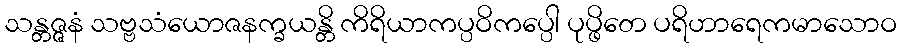
သန္တဇ္ဇနံ သဗ္ဗသံယောဇနက္ခယန္တိ ကိရိယာကပ္ပဝိကပ္ပေါ ပုပ္ဖိတေ ပရိဟာရေကမာသောဝ